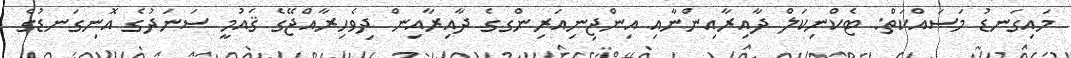
މައިގަނޑު މަސައްކަތް: ޓެކްނިކަލް ދާއިރާއިންނާއި އިންޖިނިއަރިންގގެ ދާއިރާއިން ދިވެހިރާއްޖޭގެ ޤައުމީ ސަނަދުގެ އޮނިގަނޑުގެ